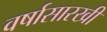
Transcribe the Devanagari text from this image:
वर्षासारखी